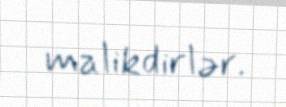
malikdirlər.